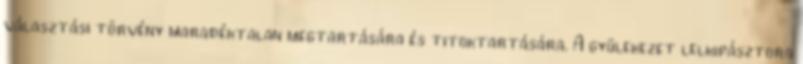
választási törvény maradéktalan megtartására és titoktartására. A gyülekezet lelkipásztora